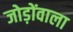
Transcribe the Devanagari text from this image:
जोड़ोंवाला